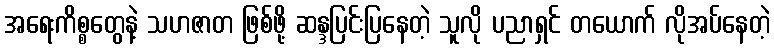
အရေးကိစ္စတွေနဲ့ သဟဇာတ ဖြစ်ဖို့ ဆန္ဒပြင်းပြနေတဲ့ သူလို ပညာရှင် တယောက် လိုအပ်နေတဲ့